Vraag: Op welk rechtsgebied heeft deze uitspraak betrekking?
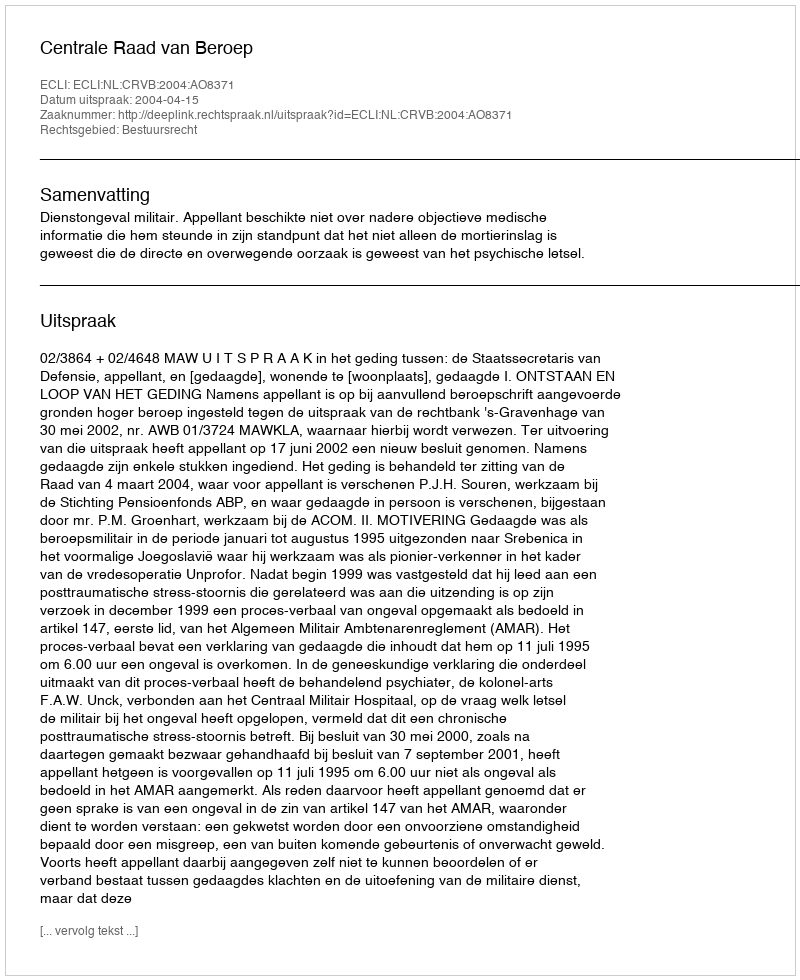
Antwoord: Bestuursrecht